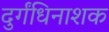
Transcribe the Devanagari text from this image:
दुर्गंधिनाशक